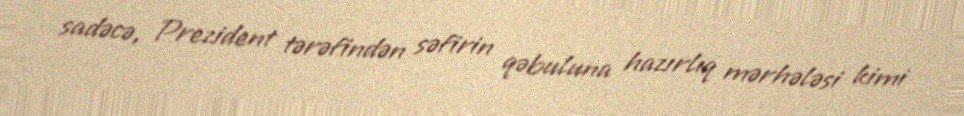
sadəcə, Prezident tərəfindən səfirin qəbuluna hazırlıq mərhələsi kimi